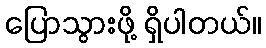
ပြောသွားဖို့ ရှိပါတယ်။